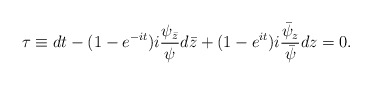
\begin{align*}\tau\equiv dt-(1-e^{-it})i\frac{\psi_{\bar{z}}}{\psi}d\bar{z}+(1-e^{it})i\frac{\bar{\psi}_z}{\bar{\psi}}dz=0.\end{align*}